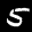
Label: 5